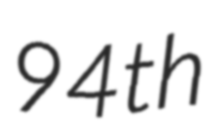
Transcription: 94th